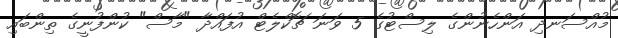
މުއްސަނދި އަންހެނުންގެ ލިސްޓުގެ 5 ވަނަ ޗޮކްލެޓް އުފައްދާ "މާސް" ކުންފުނީގެ ތިންބައި